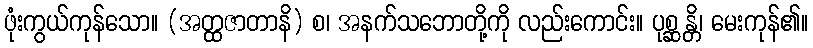
ဖုံးကွယ်ကုန်သော။ (အတ္ထဇာတာနိ) စ၊ အနက်သဘောတို့ကို လည်းကောင်း။ ပုစ္ဆန္တိ၊ မေးကုန်၏။